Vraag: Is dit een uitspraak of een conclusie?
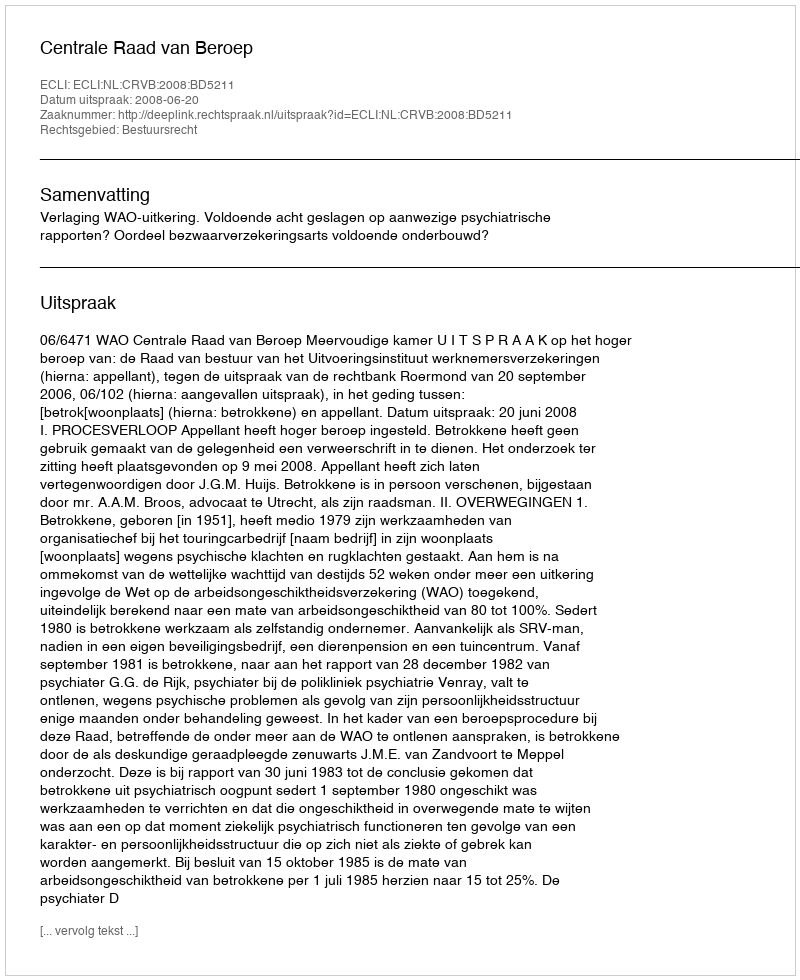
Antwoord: Uitspraak